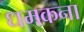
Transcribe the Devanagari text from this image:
धमकना